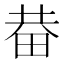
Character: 𤱺